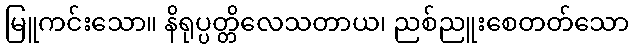
မြူကင်းသော။ နိရုပ္ပတ္တိလေသတာယ၊ ညစ်ညူးစေတတ်သော